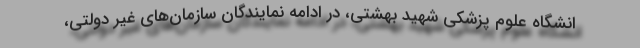
انشگاه علوم پزشکی شهید بهشتی، در ادامه نمایندگان سازمان‌های غیر دولتی،